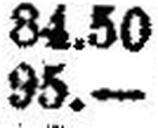
95.—